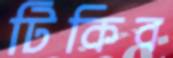
টিকিব